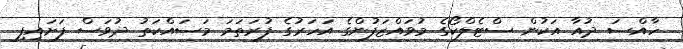
ހާއްސަ ދުއާ އަކުން ސްޓެލްކޯގެ މުވައްޒަފުންގެ އަހަރުގެ ފުރަތަމަ މަސައްކަތު ދުވަސް ފަށައިފި